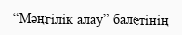
“Мәңгілік алау” балетінің